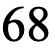
68